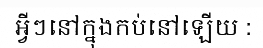
អ្វីៗនៅក្នុងកប់នៅឡើយ :